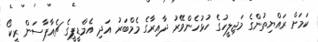
ކަމަށް ރައްޔިތުންގެ މަޖިލީހުގެ ހުޅުހެންވޭރު ދާއިރާގެ މެމްބަރު އަދި އެމްޑީޕީގެ ޗެއާޕާސަން ރީކޯ